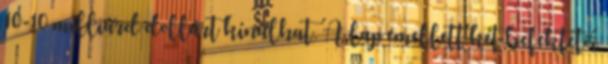
10-10 milliárd dollárt kínálhat. A lap emellett két befektetői